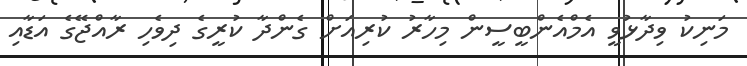
މަނިކު ވިދާޅުވީ އެމްއެންބީސީން މިހާރު ކުރިއަށް ގެންދާ ކުރީގެ ދިވެހި ރާއްޖޭގެ އަޑާއި